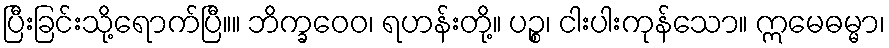
ပြီးခြင်းသို့ရောက်ပြီ။။ ဘိက္ခဝေဝ၊ ရဟန်းတို့။ ပဉ္စ၊ ငါးပါးကုန်သော။ ဣမေဓမ္မာ၊